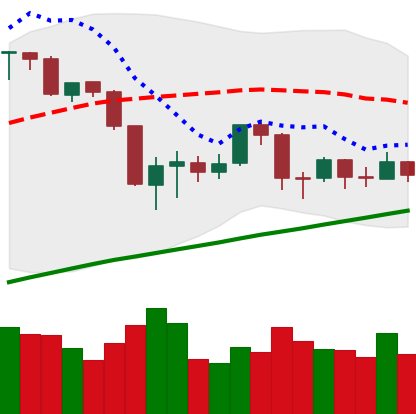
Ticker: BTC-USD
Chart end date: 2019-08-27
Forward return: -4.197%
Label: down_3_5